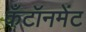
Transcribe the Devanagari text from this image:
कँटॉनमेंट